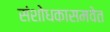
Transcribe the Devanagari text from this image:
संशोधकासमवेत